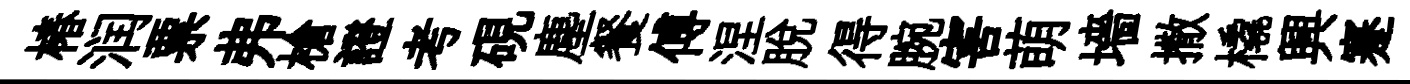
椿润票弗槍證考硯塵餐傅涅脱得腕害萌墻撒橇興蹇